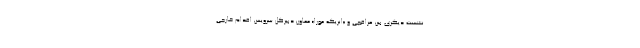
نشست دیگری بین عراقچی و «انریکه مورا» معاون دبیرکل سرویس اقدام خارجی